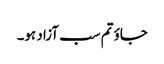
جاوٴ تم سب آزاد ہو۔